Report on vaccination in the Province of Bengal - 1874-1889
Year: 1874
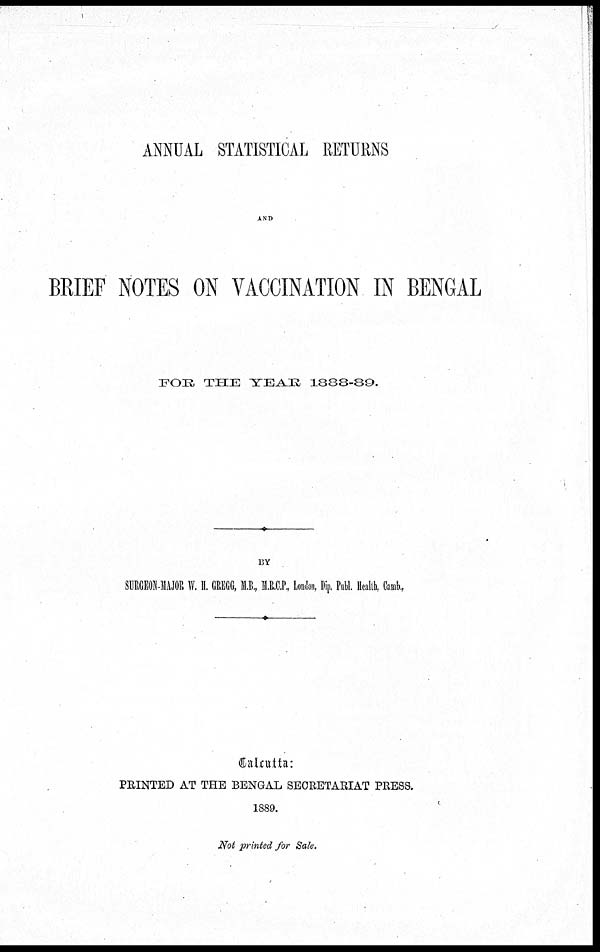
ANNUAL STATISTICAL RETURNS
AND
BRIEF NOTES ON VACCINATION IN BENGAL
FOR THE YEAR 1888-89.
BY
SURGEON-MAJOR W. H. GREGG, M.B., M.R.C.P., London, Dip. Publ. Health, Camb.,
Calcutta:
PRINTED AT THE BENGAL SECRETARIAT PRESS.
1889.
Not printed for Sale.